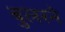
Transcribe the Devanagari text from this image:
बुलरने